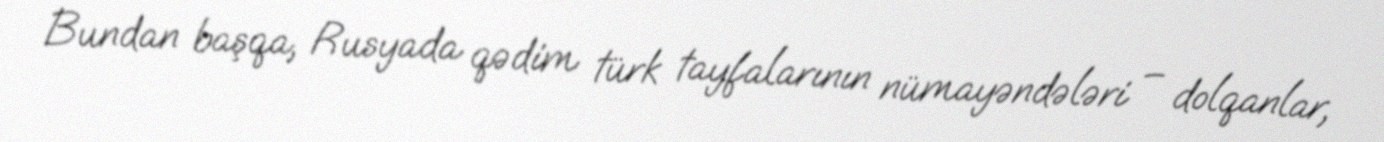
Bundan başqa, Rusyada qədim türk tayfalarının nümayəndələri – dolqanlar,